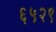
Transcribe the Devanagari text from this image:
६५२९